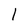
Character: 1